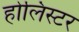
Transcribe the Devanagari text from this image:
होलिस्टर